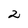
Character: 2